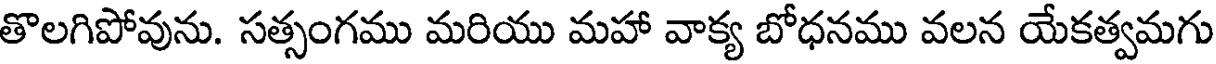
తొలగిపోవును. సత్సంగము మరియు మహా వాక్య బోధనము వలన యేకత్వమగు